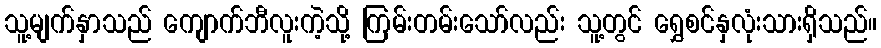
သူ့မျက်နှာသည် ကျောက်ဘီလူးကဲ့သို့ ကြမ်းတမ်းသော်လည်း သူ့တွင် ရွှေစင်နှလုံးသားရှိသည်။